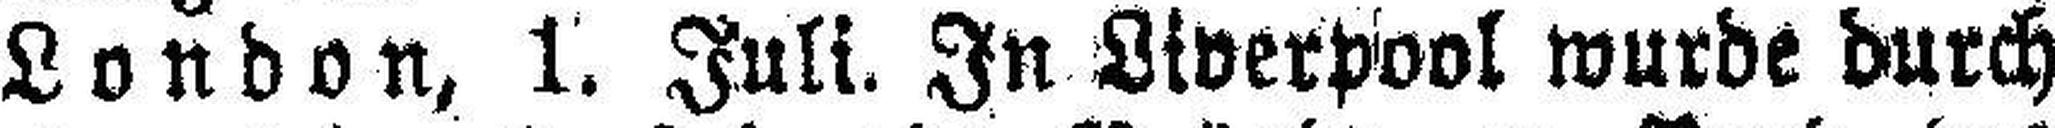
London, 1. Juli. In Liverpool wurde durch